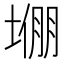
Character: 𫮙